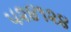
૫૨૪૧૨૪